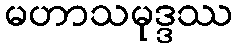
မဟာသမုဒ္ဒဿ